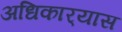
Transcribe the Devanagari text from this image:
अधिकार्‍यास